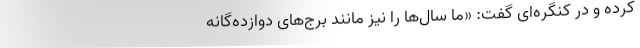
کرده و در کنگره‌ای گفت: «ما سال‌ها را نیز مانند برج‌های دوازده‌گانه